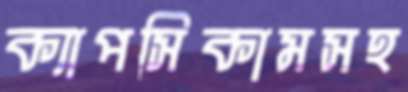
ক্যাপসিকামসহ